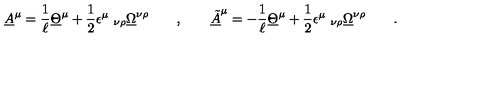
\underline { { A } } ^ { \mu } = \frac 1 \ell \underline { { \Theta } } ^ { \mu } + { \frac { 1 } { 2 } } \epsilon ^ { \mu } \ _ { \nu \rho } \underline { { \Omega } } ^ { \nu \rho } \qquad , \qquad \underline { { \tilde { A } } } ^ { \mu } = - \frac 1 \ell \underline { { \Theta } } ^ { \mu } + { \frac { 1 } { 2 } } \epsilon ^ { \mu } \ _ { \nu \rho } \underline { { \Omega } } ^ { \nu \rho } \qquad .